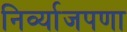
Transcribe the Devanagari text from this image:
निर्व्याजपणा